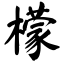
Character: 檬